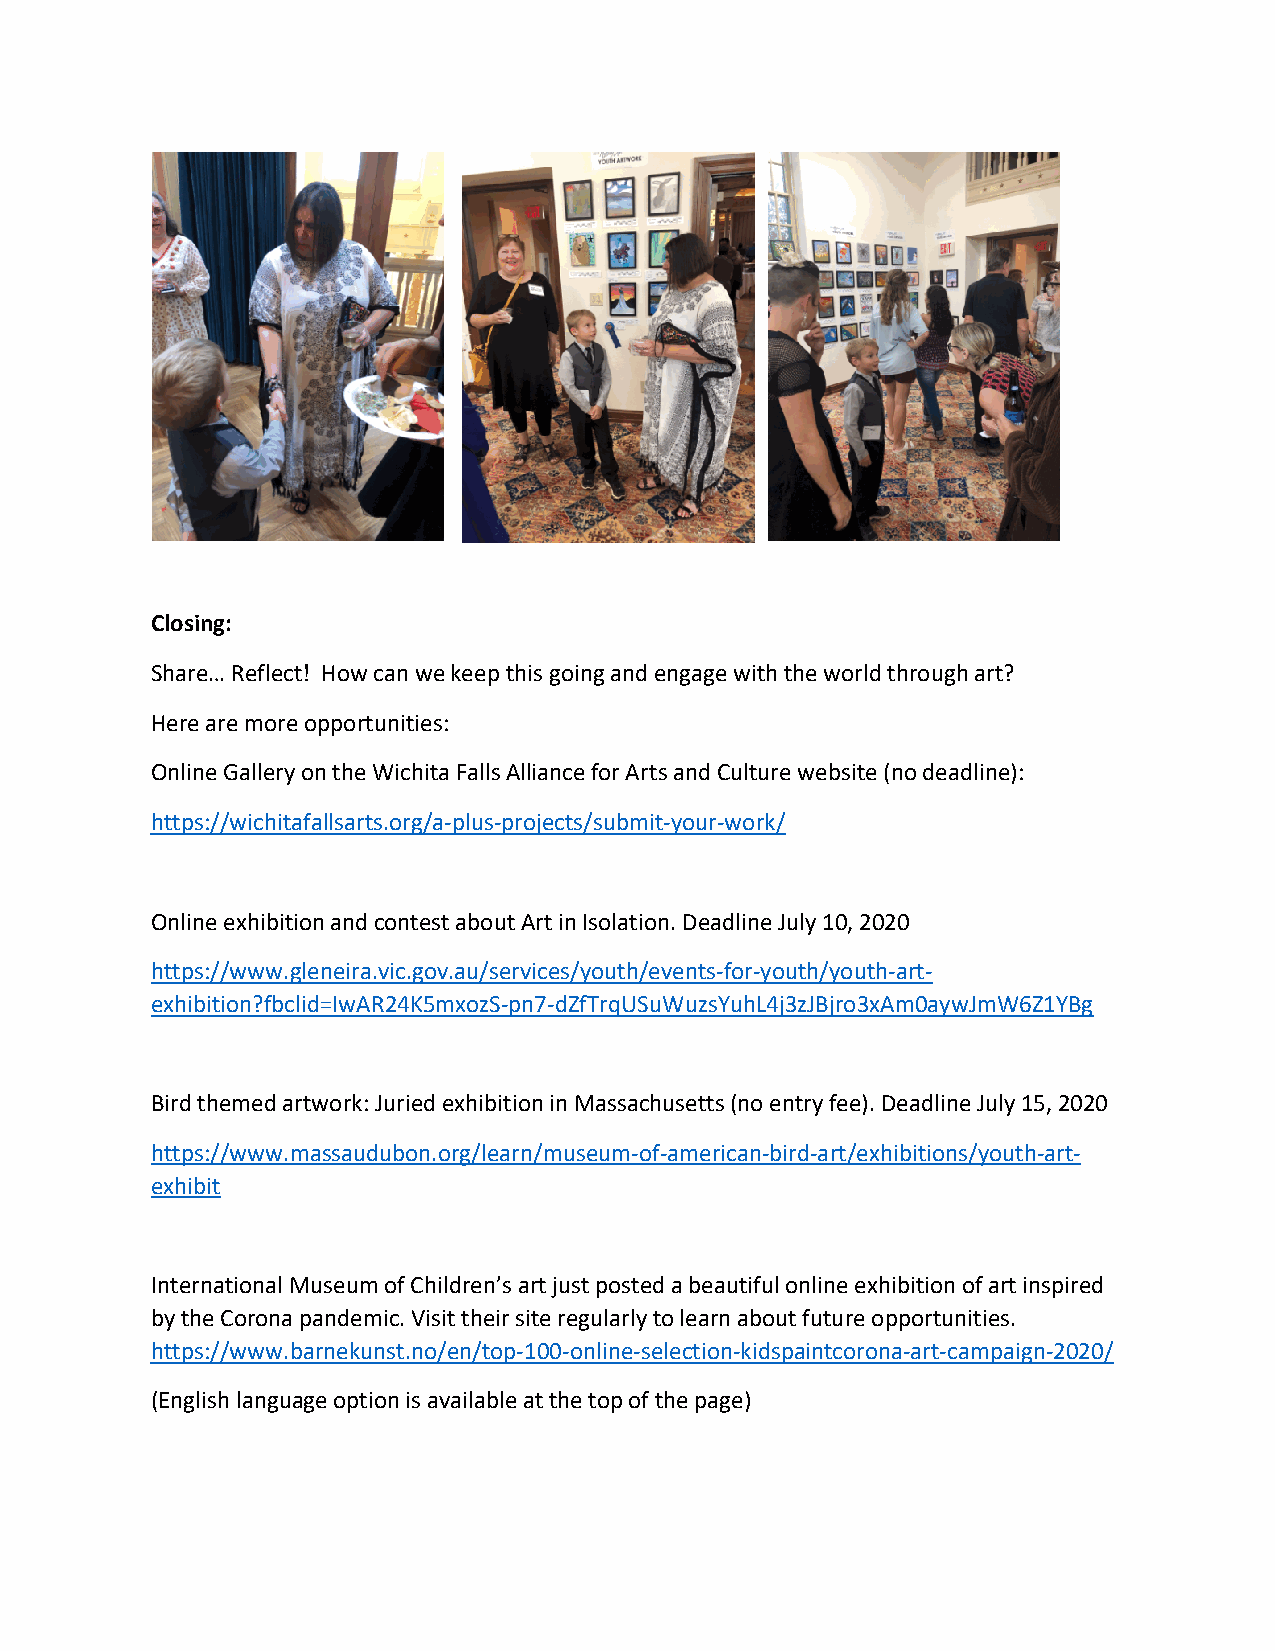
Closing:
 Share… Reflect! How can we keep this going and engage with the world through art?
 Here are more opportunities:
 Online Gallery on the Wichita Falls Alliance for Arts and Culture website (no deadline):
 https://wichitafallsarts.org/a-plus-projects/submit-your-work/
 Online exhibition and contest about Art in Isolation. Deadline July 10, 2020
 https://www.gleneira.vic.gov.au/services/youth/events-for-youth/youth-art-
 exhibition?fbclid=IwAR24K5mxozS-pn7-dZfTrqUSuWuzsYuhL4j3zJBjro3xAm0aywJmW6Z1YBg
 Bird themed artwork: Juried exhibition in Massachusetts (no entry fee). Deadline July 15, 2020
 https://www.massaudubon.org/learn/museum-of-american-bird-art/exhibitions/youth-art-
 exhibit
 International Museum of Children’s art just posted a beautiful online exhibition of art inspired
 by the Corona pandemic. Visit their site regularly to learn about future opportunities.
 https://www.barnekunst.no/en/top-100-online-selection-kidspaintcorona-art-campaign-2020/
 (English language option is available at the top of the page)